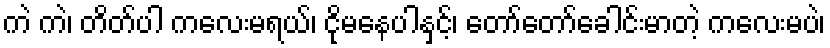
ကဲ ကဲ၊ တိတ်ပါ ကလေးမရယ်၊ ငိုမနေပါနှင့်၊ တော်တော်ခေါင်းမာတဲ့ ကလေးမပဲ၊